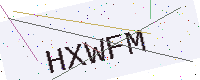
Text: HXWFM